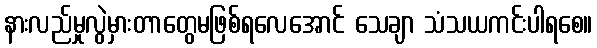
နားလည်မှုလွဲမှားတာတွေမဖြစ်ရလေအောင် သေချာ သံသယကင်းပါရစေ။